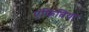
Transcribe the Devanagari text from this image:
एंफ़िबिया